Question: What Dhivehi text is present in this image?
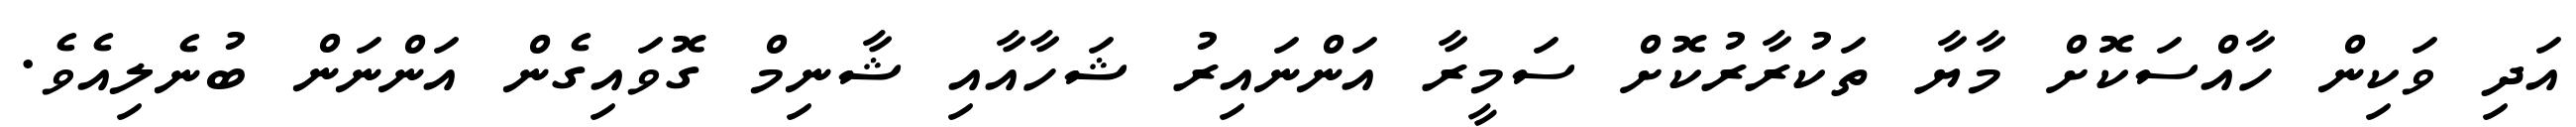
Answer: އަދި ވަކިން ހާއްސަކޮށް މާޔާ ތަކުރާރުކޮށް ސަމީރާ އަންނައިރު ޝަހާއާއި ޝާނިމް ގޮވައިގެން އަންނަން ބުނެލިއެވެ.